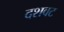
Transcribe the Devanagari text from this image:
दशवट